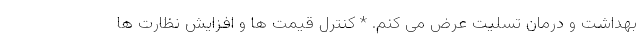
بهداشت و درمان تسلیت عرض می کنم. * کنترل قیمت ها و افزایش نظارت ها